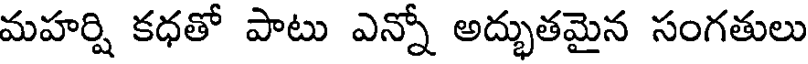
మహర్షి కధతో పాటు ఎన్నో అద్భుతమైన సంగతులు